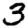
Digit: 3